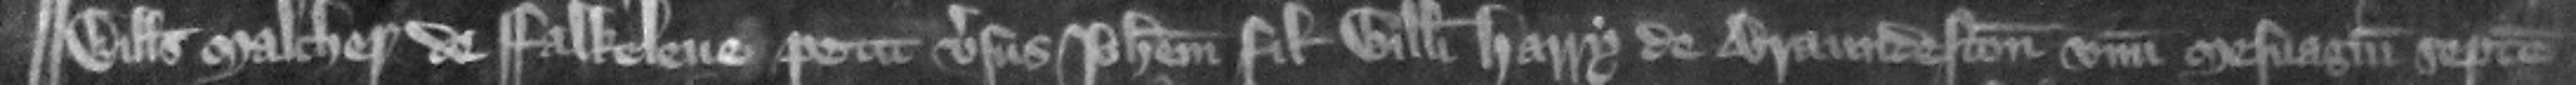
Willelmus Malcher de Falkeleue petit versus Iohannem filium Willelmi Harry de Braundeston vnum mesuagium septem